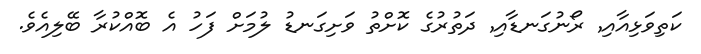
ކަތިވަޅިއާއި